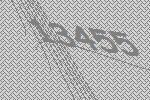
13455